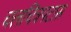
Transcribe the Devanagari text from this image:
चलचित्रपटास